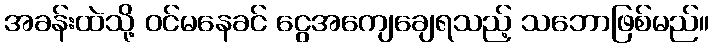
အခန်းထဲသို့ ဝင်မနေခင် ငွေအကျေချေရသည့် သဘောဖြစ်မည်။